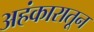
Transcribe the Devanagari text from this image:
अहंकारातून